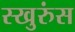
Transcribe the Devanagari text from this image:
स्खुरुंस